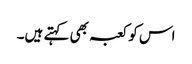
اس کو کعبہ بھی کہتے ہیں۔